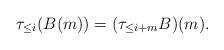
LaTeX: \begin{align*} \tau_{\le i}(B(m)) = (\tau_{\le i + m}B)(m).\end{align*}